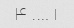
۱ …. ۴